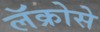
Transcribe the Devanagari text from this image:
लॅक्रोसे